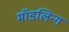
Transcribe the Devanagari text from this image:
मॉडलिन्ग